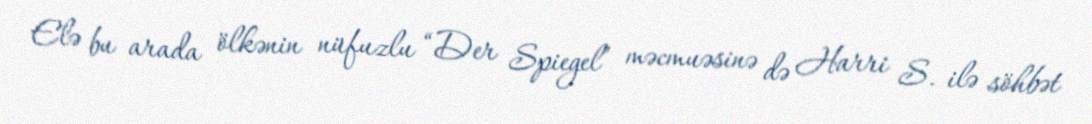
Elə bu arada ölkənin nüfuzlu “Der Spiegel” məcmuəsinə də Harri S. ilə söhbət